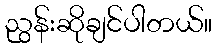
ညွန်းဆိုချင်ပါတယ်။